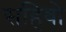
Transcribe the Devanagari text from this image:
सहिबो